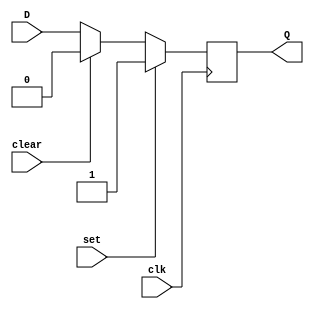
module DFF (
    input D,  // data input
    input clk,  // clock signal
    input set,  // set input
    input clear,  // clear input
    output reg Q  // output
);

always @(posedge clk) begin
    if (set) begin
        Q <= 1;  // asynchronously set output to high
    end else if (clear) begin
        Q <= 0;  // synchronous clear output to low
    end else begin
        Q <= D;  // change output based on input data and clock signal
    end
end

endmodule